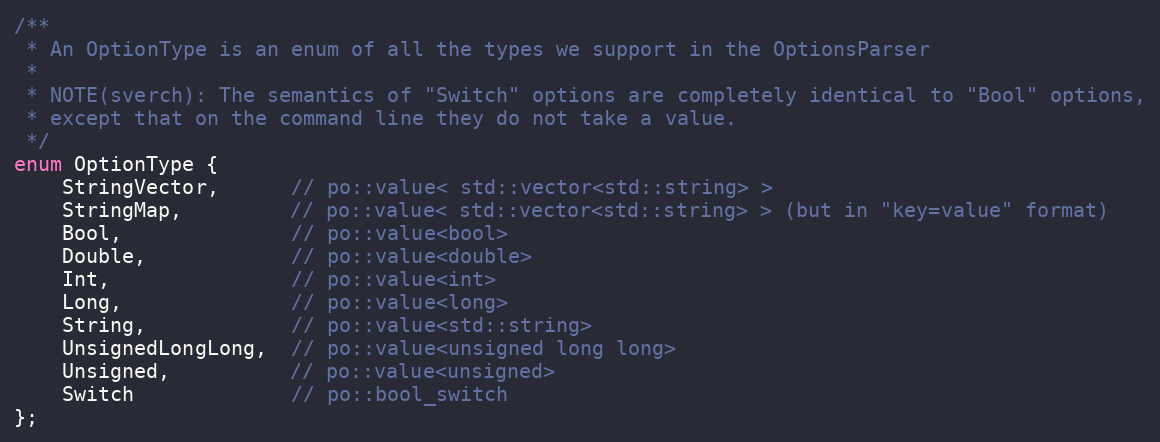
Language: C
/**
 * An OptionType is an enum of all the types we support in the OptionsParser
 *
 * NOTE(sverch): The semantics of "Switch" options are completely identical to "Bool" options,
 * except that on the command line they do not take a value.
 */
enum OptionType {
    StringVector,      // po::value< std::vector<std::string> >
    StringMap,         // po::value< std::vector<std::string> > (but in "key=value" format)
    Bool,              // po::value<bool>
    Double,            // po::value<double>
    Int,               // po::value<int>
    Long,              // po::value<long>
    String,            // po::value<std::string>
    UnsignedLongLong,  // po::value<unsigned long long>
    Unsigned,          // po::value<unsigned>
    Switch             // po::bool_switch
};